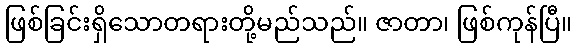
ဖြစ်ခြင်းရှိသောတရားတို့မည်သည်။ ဇာတာ၊ ဖြစ်ကုန်ပြီ။